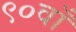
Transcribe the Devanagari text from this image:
९०वाँ